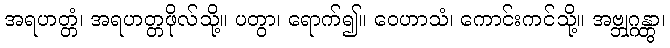
အရဟတ္တံ၊ အရဟတ္တဖိုလ်သို့။ ပတွာ၊ ရောက်၍။ ဝေဟာသံ၊ ကောင်းကင်သို့။ အဗ္ဘုဂ္ဂန္တွာ၊